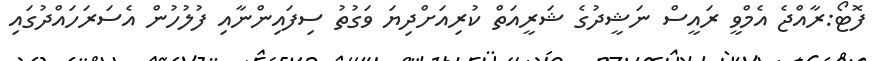
ފޮޓޯ:ރާއްޖެ އެމްވީ ރައީސް ނަޝީދުގެ ޝަރީއަތް ކުރިއަށްދިޔަ ވަގުތު ސިފައިންނާއި ފުލުހުން އެސަރަހައްދުގައި